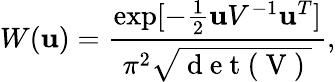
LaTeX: W(\mathbf{u})=\frac{\exp[-\frac{1}{2}\mathbf{u}V^{-1}\mathbf{u}^{T}]}{\pi^{2}\sqrt{\mathrm{~d~e~t~(~V~)~}}},